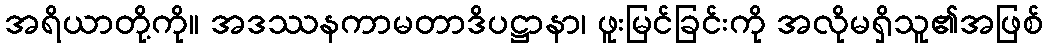
အရိယာတို့ကို။ အဒဿနကာမတာဒိပဋ္ဌာနာ၊ ဖူးမြင်ခြင်းကို အလိုမရှိသူ၏အဖြစ်